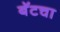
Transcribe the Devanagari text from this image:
बॅटचा